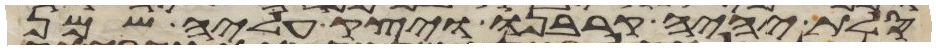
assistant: סלת יהיה קרבנו ויצק עליה שמן